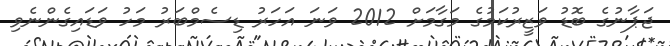
ޖަޕާނުގެ ބޮޑު ވަޒީރުކަމުގެ މަގާމަށް 2012 ވަނަ އަހަރު ޑިސެމްބަރު މަހު ވަޑައިގެންނެވި